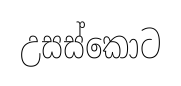
උසස්කොට